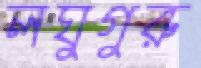
লঘুগুরু